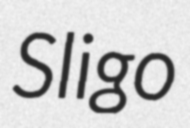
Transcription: Sligo